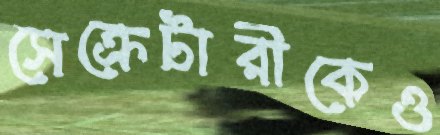
সেক্রেটারীকেও